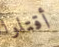
أقتلوا